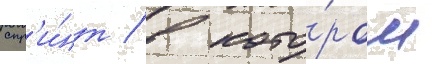
спр'и́нт / в кото́ром